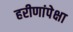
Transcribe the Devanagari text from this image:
हरीणांपेक्षा